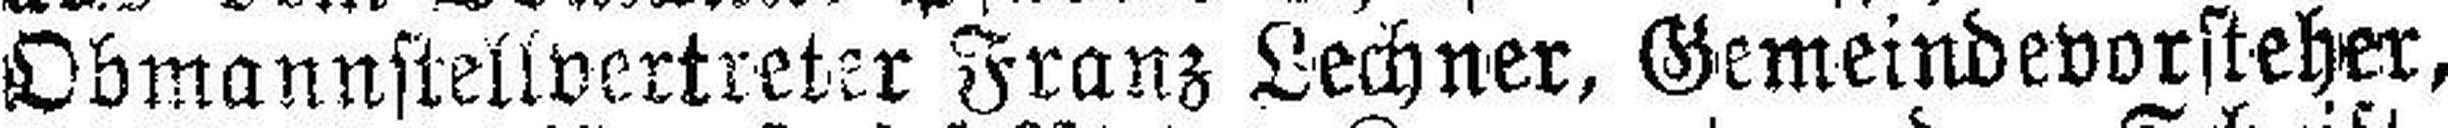
Obmannstellvertreter Franz Lechner, Gemeindevorsteher,